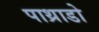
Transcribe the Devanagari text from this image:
पाथ्राडो